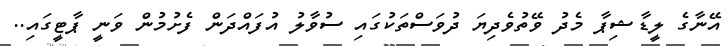
އޭނާގެ ލީޑާޝިޕާ މެދު ވޭތުވެދިޔަ ދުވަސްތަކުގައި ސުވާލު އުފައްދަން ފެށުމުން ވަނީ ޕާޓީގައި..